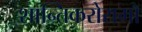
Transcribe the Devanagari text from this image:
शान्तिकरोरामो